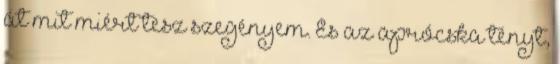
át mit miért tesz szegényem. És az aprócska tényt,